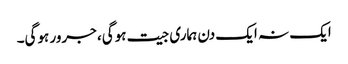
ایک نہ ایک دن ہماری جیت ہوگی، جرور ہوگی۔